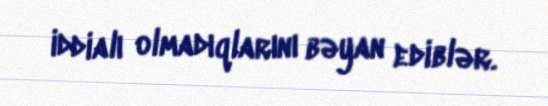
iddialı olmadıqlarını bəyan ediblər.